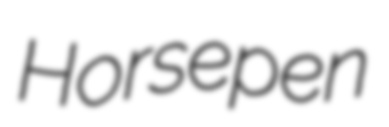
Horsepen